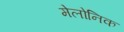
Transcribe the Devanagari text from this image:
मेलोनिक